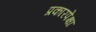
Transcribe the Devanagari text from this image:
प्रकारपेक्षा